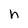
Character: h